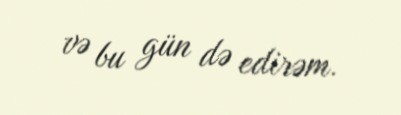
və bu gün də edirəm.